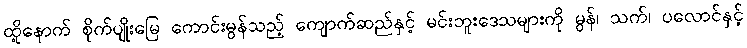
ထို့နောက် စိုက်ပျိုးမြေ ကောင်းမွန်သည့် ကျောက်ဆည်နှင့် မင်းဘူးဒေသများကို မွန်၊ သက်၊ ပလောင်နှင့်